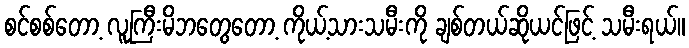
စင်စစ်တော့ လူကြီးမိဘတွေတော့ ကိုယ့်သားသမီးကို ချစ်တယ်ဆိုယင်ဖြင့် သမီးရယ်။